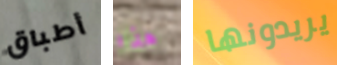
أطباق هذا يريدونها